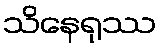
သိနေရုဿ